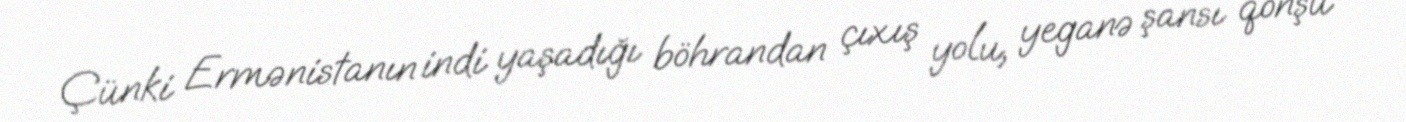
Çünki Ermənistanın indi yaşadığı böhrandan çıxış yolu, yeganə şansı qonşu